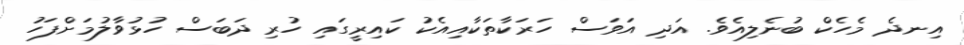
އިނދެ މެހެކް ބުނެލިއެވެ. އަދި އަވަސް ހަރަކާތަކާއިއެކު ކައިރީގައި ހުރި ދަބަސް ހުޅުވާލުމަށްފަހު